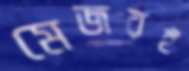
মেজরই